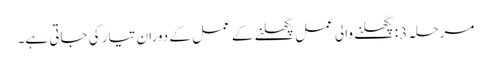
مرحلہ 3: پگھلنے والی عمل پگھلنے کے عمل کے دوران تیار کی جاتی ہے۔